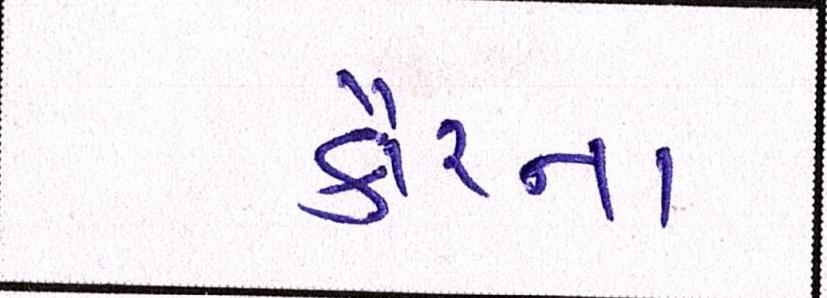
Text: કૌરના